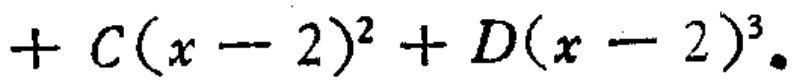
$+C(x - 2)^{2}+D(x - 2)^{3}.$